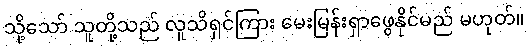
သို့သော် သူတို့သည် လူသိရှင်ကြား မေးမြန်းရှာဖွေနိုင်မည် မဟုတ်။